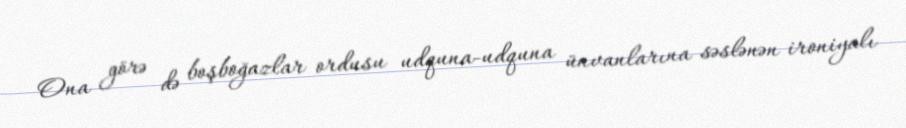
Ona görə də boşboğazlar ordusu udquna-udquna ünvanlarına səslənən ironiyalı